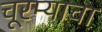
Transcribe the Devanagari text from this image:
चूरम्याचा